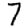
Digit: 7